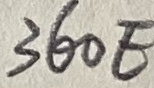
Text: 360E